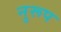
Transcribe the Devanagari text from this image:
नुरूप